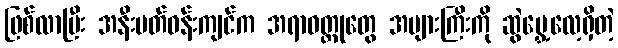
ဖြစ်လာပြီး အနီးပတ်ဝန်းကျင်က အရာဝတ္ထုတွေ အများကြီးကို ဆွဲမွှေ့လေ့ရှိတဲ့